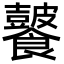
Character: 𩟚